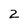
Character: 2